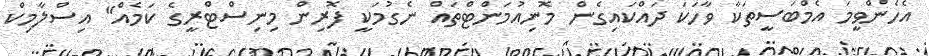
އެހެންވީމަ އެމްބަސީތަކާ ވާހަކަ ދައްކައިގެން މޮނިއުމަންޓްތައް ނެގުމަކީ ފޮރިން މިނިސްޓްރީގެ ކަމެއް" އިސްލާމިކް